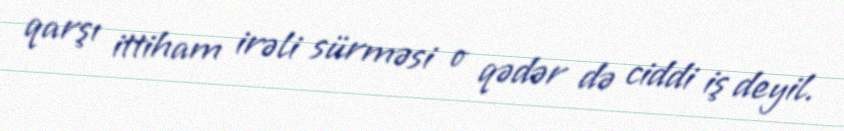
qarşı ittiham irəli sürməsi o qədər də ciddi iş deyil.